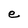
Character: e